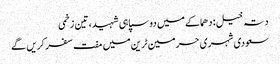
دتہ خیل: دھماکے میں دو سپاہی شہید، تین زخمی
سعودی شہری حرمین ٹرین میں مفت سفر کریں گے